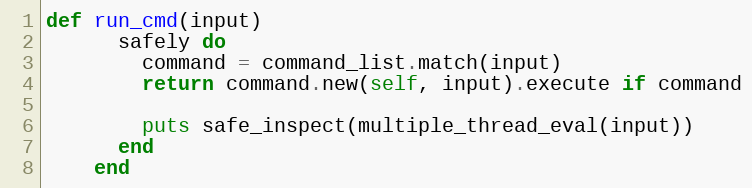
Language: Ruby
def run_cmd(input)
      safely do
        command = command_list.match(input)
        return command.new(self, input).execute if command

        puts safe_inspect(multiple_thread_eval(input))
      end
    end